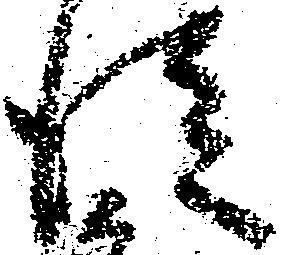
従